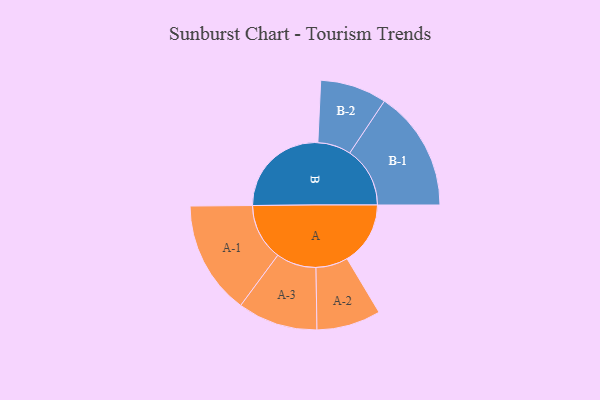
{"axis": {"x": "Segment", "y": "Value"}, "legend": ["", "A", "B"], "data": [{"x": "A", "y": 310, "type": ""}, {"x": "B", "y": 488, "type": ""}, {"x": "A-1", "y": 278, "type": "A"}, {"x": "A-2", "y": 157, "type": "A"}, {"x": "A-3", "y": 196, "type": "A"}, {"x": "B-1", "y": 295, "type": "B"}, {"x": "B-2", "y": 163, "type": "B"}]}